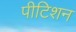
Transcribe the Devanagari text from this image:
पीटिशन